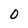
Character: O